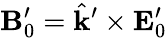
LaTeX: \mathbf{B}_{0}^{\prime}=\hat{\mathbf{k}}^{\prime}\times\mathbf{E}_{0}^{\prime}